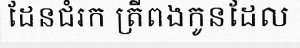
ដែនជំរក ត្រីពងកូនដែល